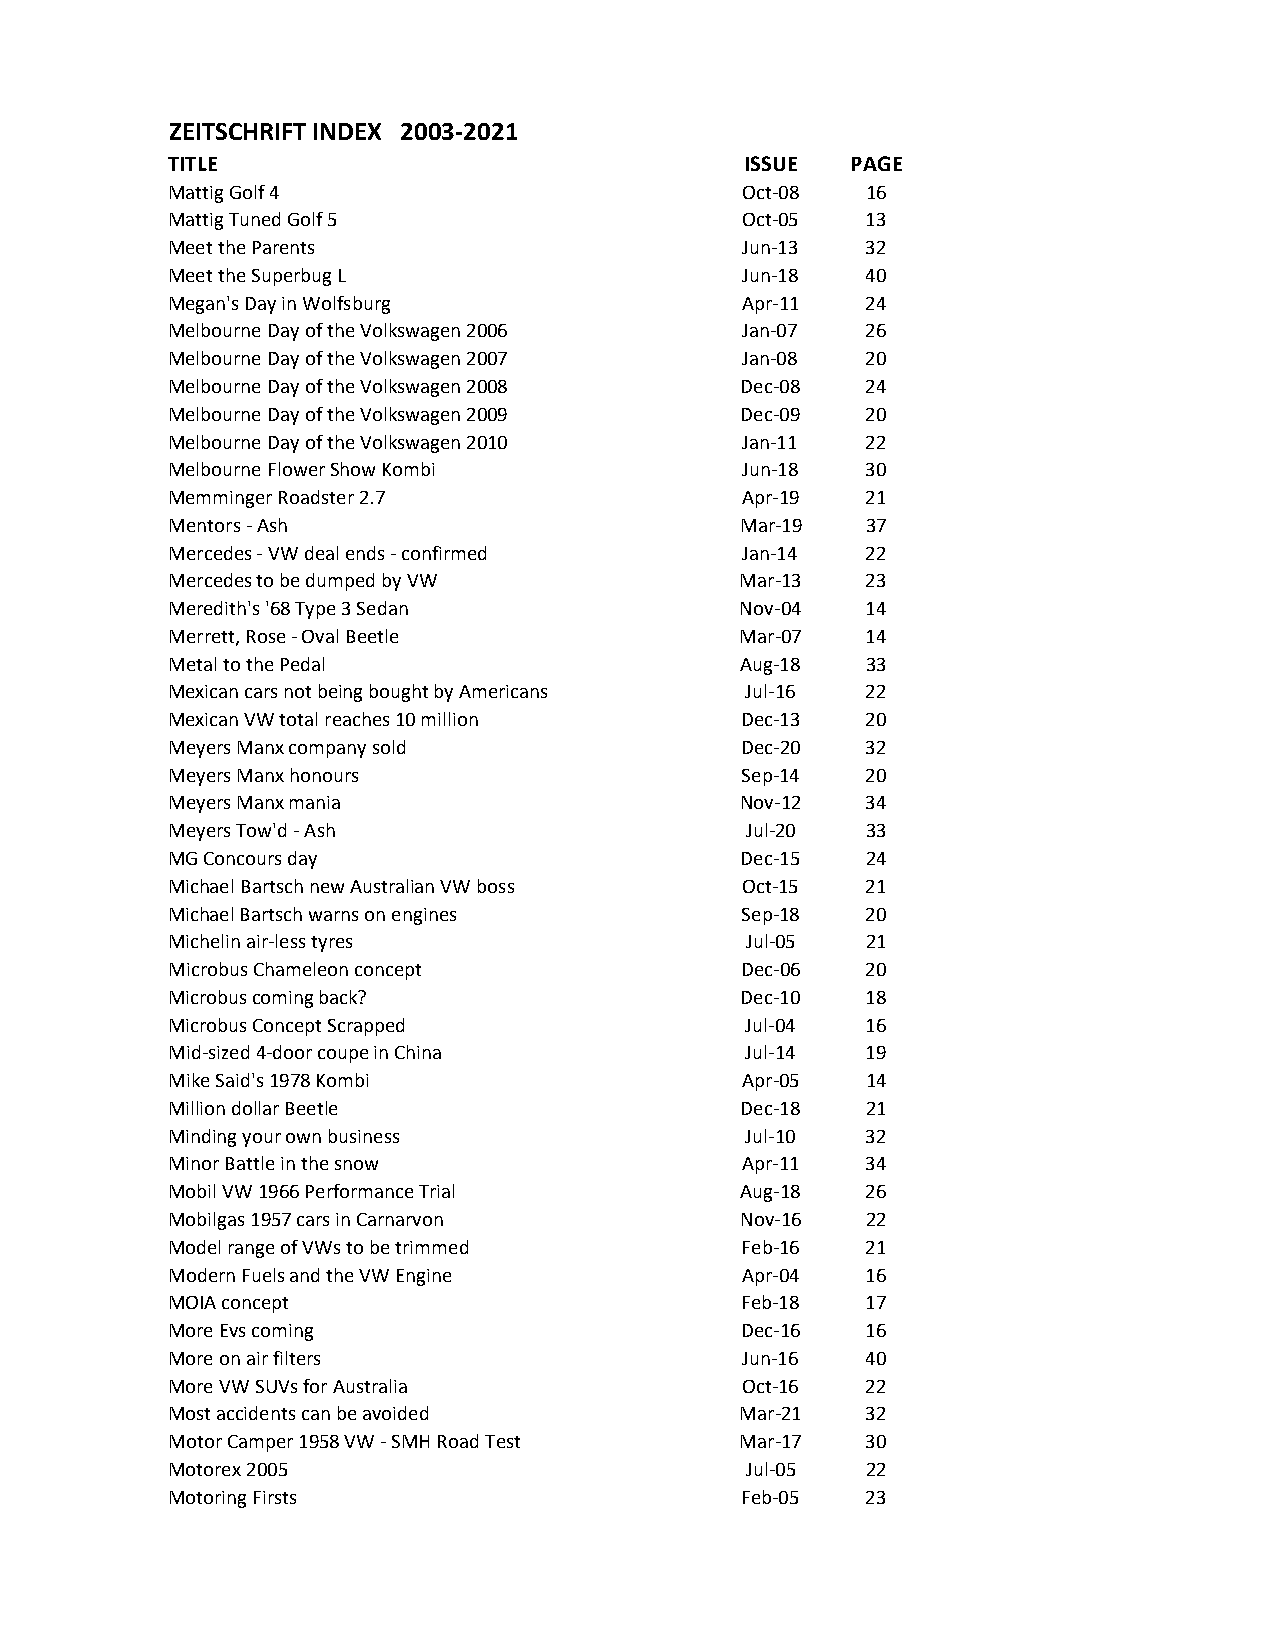
ZEITSCHRIFT INDEX 2003-2021
 TITLE                                 ISSUE  PAGE
 Mattig Golf 4                         Oct-08  16
 Mattig Tuned Golf 5                   Oct-05  13
 Meet the Parents                      Jun-13  32
 Meet the Superbug L                   Jun-18  40
 Megan's Day in Wolfsburg              Apr-11  24
 Melbourne Day of the Volkswagen 2006  Jan-07  26
 Melbourne Day of the Volkswagen 2007  Jan-08  20
 Melbourne Day of the Volkswagen 2008  Dec-08  24
 Melbourne Day of the Volkswagen 2009  Dec-09  20
 Melbourne Day of the Volkswagen 2010  Jan-11  22
 Melbourne Flower Show Kombi           Jun-18  30
 Memminger Roadster 2.7                Apr-19  21
 Mentors - Ash                         Mar-19  37
 Mercedes - VW deal ends - confirmed   Jan-14  22
 Mercedes to be dumped by VW           Mar-13  23
 Meredith's '68 Type 3 Sedan           Nov-04  14
 Merrett, Rose - Oval Beetle           Mar-07  14
 Metal to the Pedal                    Aug-18  33
 Mexican cars not being bought by Americans Jul-16 22
 Mexican VW total reaches 10 million   Dec-13  20
 Meyers Manx company sold              Dec-20  32
 Meyers Manx honours                   Sep-14  20
 Meyers Manx mania                     Nov-12  34
 Meyers Tow'd - Ash                    Jul-20  33
 MG Concours day                       Dec-15  24
 Michael Bartsch new Australian VW boss Oct-15 21
 Michael Bartsch warns on engines      Sep-18  20
 Michelin air-less tyres               Jul-05  21
 Microbus Chameleon concept            Dec-06  20
 Microbus coming back?                 Dec-10  18
 Microbus Concept Scrapped             Jul-04  16
 Mid-sized 4-door coupe in China       Jul-14  19
 Mike Said's 1978 Kombi                Apr-05  14
 Million dollar Beetle                 Dec-18  21
 Minding your own business             Jul-10  32
 Minor Battle in the snow              Apr-11  34
 Mobil VW 1966 Performance Trial       Aug-18  26
 Mobilgas 1957 cars in Carnarvon       Nov-16  22
 Model range of VWs to be trimmed      Feb-16  21
 Modern Fuels and the VW Engine        Apr-04  16
 MOIA concept                          Feb-18  17
 More Evs coming                       Dec-16  16
 More on air filters                   Jun-16  40
 More VW SUVs for Australia            Oct-16  22
 Most accidents can be avoided         Mar-21  32
 Motor Camper 1958 VW - SMH Road Test  Mar-17  30
 Motorex 2005                          Jul-05  22
 Motoring Firsts                       Feb-05  23